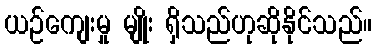
ယဉ်ကျေးမှု မျိုး ရှိသည်ဟုဆိုနိုင်သည်။